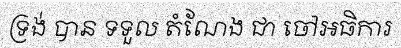
ទ្រង់ បាន ទទួល តំណែង ជា ចៅអធិការ